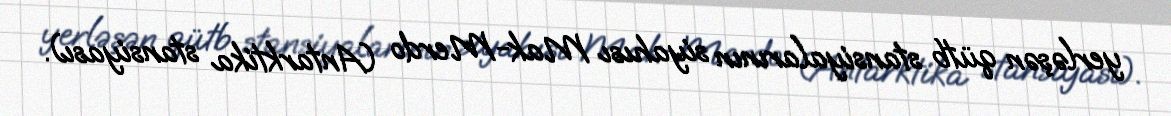
yerləşən qütb stansiyalarının siyahısı Mak-Merdo (Antarktika stansiyası).